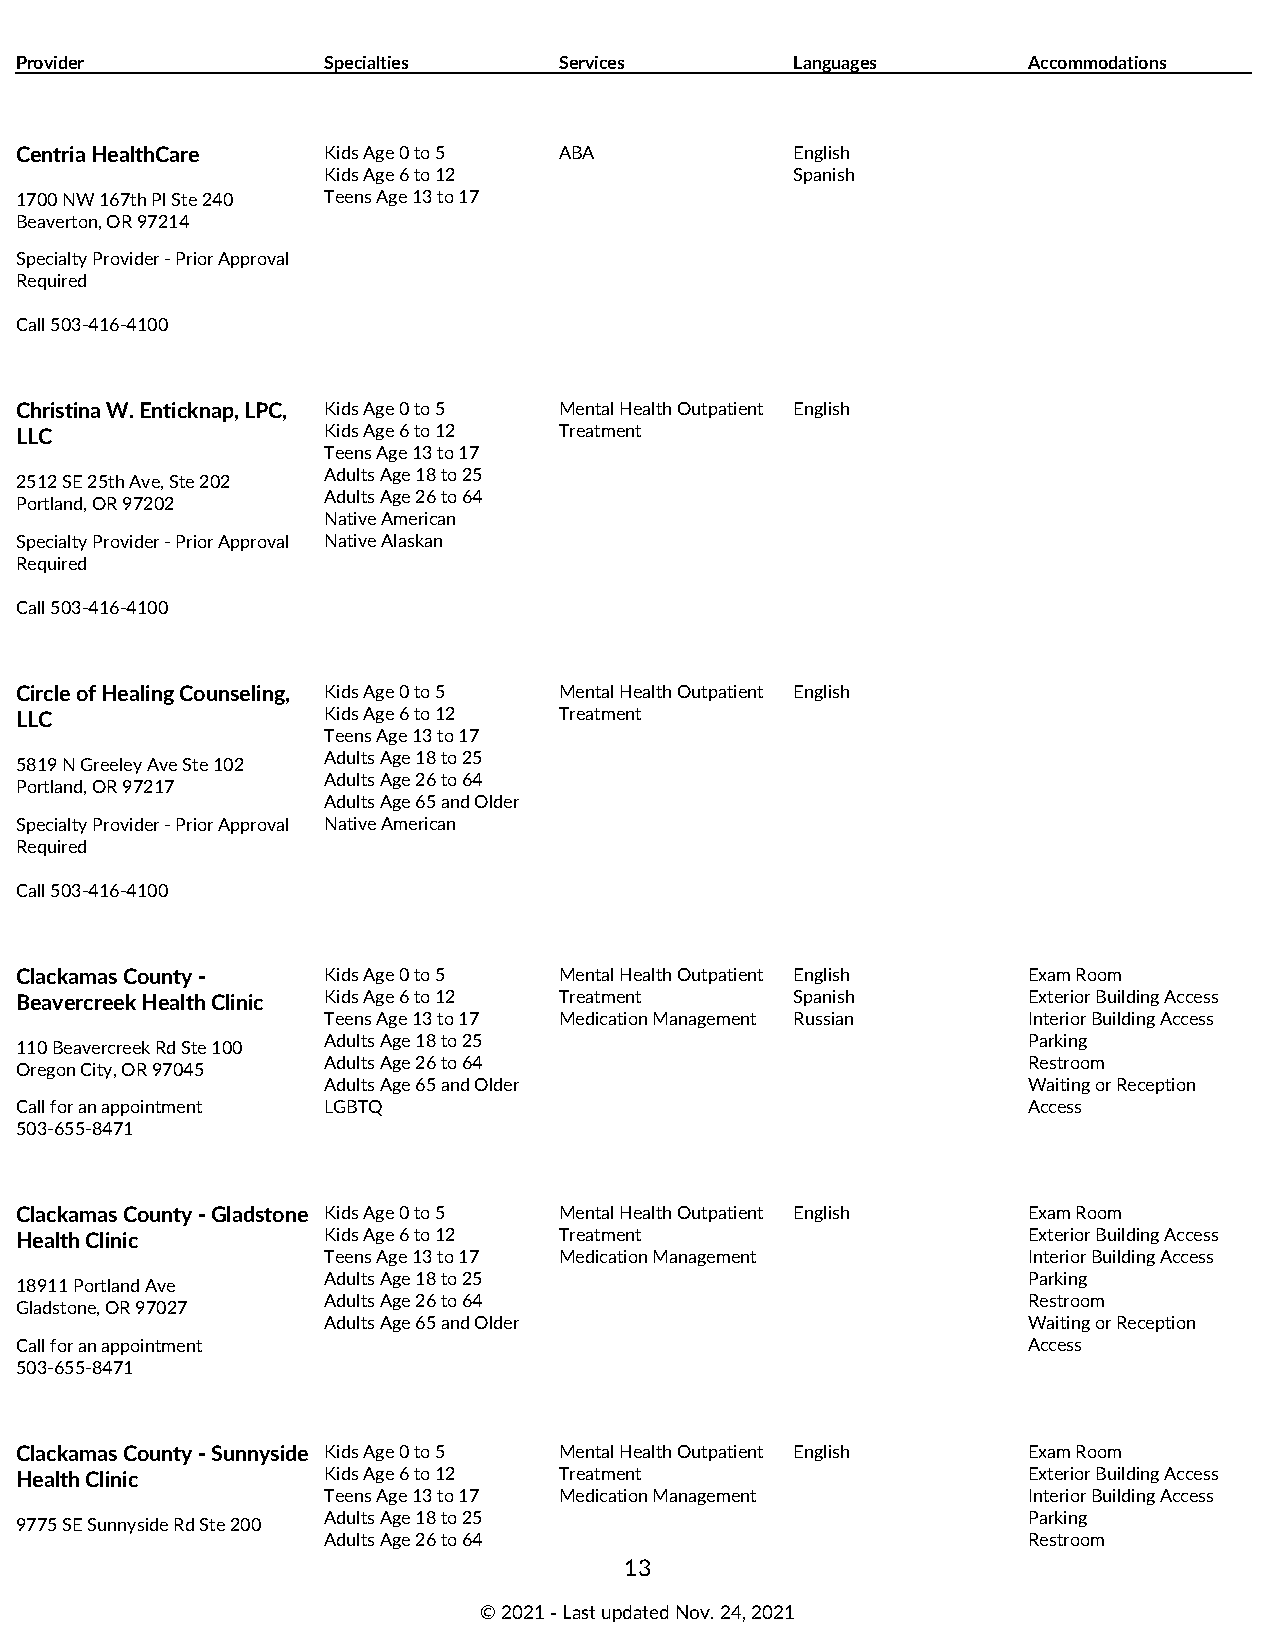
Provider            Specialties     Services        Languages      Accommodations
 Centria HealthCare  Kids Age 0 to 5 ABA             English
 Kids Age 6 to 12                Spanish
 1700 NW 167th Pl Ste 240 Teens Age 13 to 17
 Beaverton, OR 97214
 Specialty Provider - Prior Approval
 Required
 Call 503-416-4100
 Christina W. Enticknap, LPC, Kids Age 0 to 5 Mental Health Outpatient English
 LLC                 Kids Age 6 to 12 Treatment
 Teens Age 13 to 17
 Adults Age 18 to 25
 2512 SE 25th Ave, Ste 202
 Adults Age 26 to 64
 Portland, OR 97202
 Native American
 Specialty Provider - Prior Approval Native Alaskan
 Required
 Call 503-416-4100
 Circle of Healing Counseling, Kids Age 0 to 5 Mental Health Outpatient English
 LLC                 Kids Age 6 to 12 Treatment
 Teens Age 13 to 17
 Adults Age 18 to 25
 5819 N Greeley Ave Ste 102
 Adults Age 26 to 64
 Portland, OR 97217
 Adults Age 65 and Older
 Specialty Provider - Prior Approval Native American
 Required
 Call 503-416-4100
 Clackamas County -  Kids Age 0 to 5 Mental Health Outpatient English Exam Room
 Beavercreek Health Clinic Kids Age 6 to 12 Treatment Spanish       Exterior Building Access
 Teens Age 13 to 17 Medication Management Russian Interior Building Access
 Adults Age 18 to 25                            Parking
 110 Beavercreek Rd Ste 100
 Adults Age 26 to 64                            Restroom
 Oregon City, OR 97045
 Adults Age 65 and Older                        Waiting or Reception
 Call for an appointment LGBTQ                                      Access
 503-655-8471
 Clackamas County - Gladstone Kids Age 0 to 5 Mental Health Outpatient English Exam Room
 Health Clinic       Kids Age 6 to 12 Treatment                     Exterior Building Access
 Teens Age 13 to 17 Medication Management       Interior Building Access
 Adults Age 18 to 25                            Parking
 18911 Portland Ave
 Adults Age 26 to 64                            Restroom
 Gladstone, OR 97027
 Adults Age 65 and Older                        Waiting or Reception
 Call for an appointment                                            Access
 503-655-8471
 Clackamas County - Sunnyside Kids Age 0 to 5 Mental Health Outpatient English Exam Room
 Health Clinic       Kids Age 6 to 12 Treatment                     Exterior Building Access
 Teens Age 13 to 17 Medication Management       Interior Building Access
 Adults Age 18 to 25                            Parking
 9775 SE Sunnyside Rd Ste 200
 Adults Age 26 to 64                            Restroom
 13
 © 2021 ‑ Last updated Nov. 24, 2021